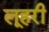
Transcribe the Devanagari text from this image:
लूहरी